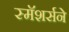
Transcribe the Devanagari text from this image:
स्मॅशर्सने